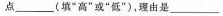
点___(填”高”或”低”)，理由是___。